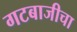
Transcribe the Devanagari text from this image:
गटबाजीचा